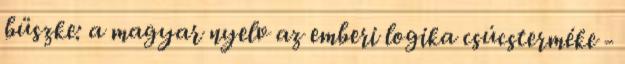
büszke: a magyar nyelv az emberi logika csúcsterméke -